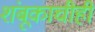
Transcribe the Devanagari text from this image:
शंबूकाचीही